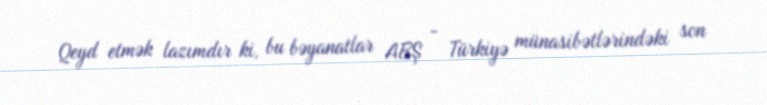
Qeyd etmək lazımdır ki, bu bəyanatlar ABŞ - Türkiyə münasibətlərindəki son